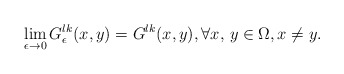
\begin{align*}\lim_{\epsilon\to 0}G^{lk}_\epsilon(x,y)=G^{lk}(x,y), \forall x,\,y\in \Omega,x\neq y.\end{align*}